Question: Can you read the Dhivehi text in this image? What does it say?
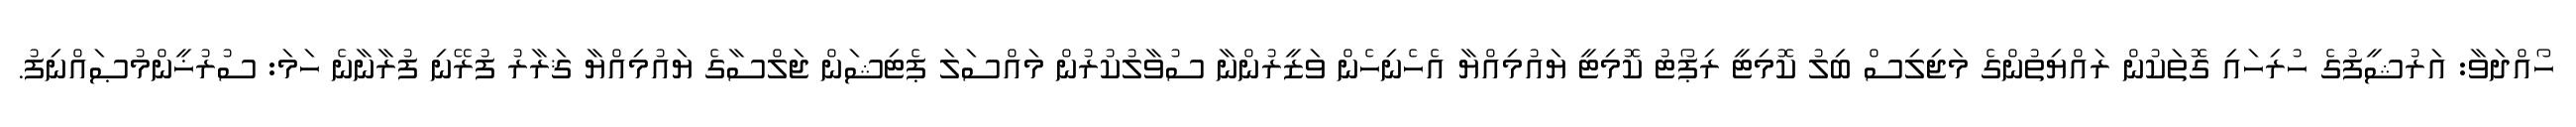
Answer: ހޯއްދަވާ: އަރުޝީފުގެ ހުރިހައި ގޮތަކުން ރައްޔިތުންގެ މަޖިލިސް ބިލު ކޮމިޓީ ރިޕޯޓު ކޮމިޓީ ޔައުމިއްޔާ އެހެނިހެން ވަޒީރުންނާ ސުވާލުކުރުން މައްސަލަ ޕެޓިޝަން ޖަލްސާގެ ޔައުމިއްޔާ ޤަރާރު ފުރޭނި ފުރާނާނެ ހަމަ: ސުރުޚީންމުޞައްނިފު.